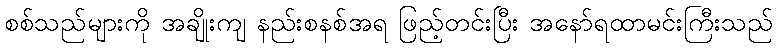
စစ်သည်များကို အချိုးကျ နည်းစနစ်အရ ဖြည့်တင်းပြီး အနော်ရထာမင်းကြီးသည်